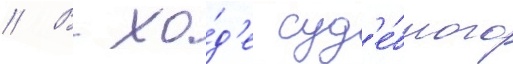
// В хо́д'е суд'е́бного